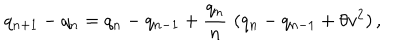
LaTeX: q _ { n + 1 } - q _ { n } = q _ { n } - q _ { n - 1 } + { \frac { q _ { n } } { n } } \, \, ( q _ { n } - q _ { n - 1 } + \theta v ^ { 2 } ) \, ,